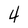
Character: 4